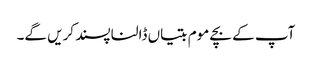
آپ کے بچے موم بتیاں ڈالنا پسند کریں گے۔